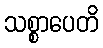
သစ္စာပေတိ